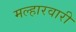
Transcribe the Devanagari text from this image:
मल्हारवारी